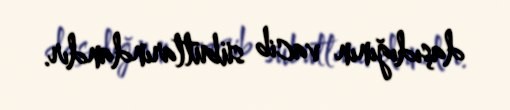
daşıdığının vacib sübutlarındandır.